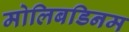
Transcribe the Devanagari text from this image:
मोलिबडिनम